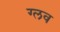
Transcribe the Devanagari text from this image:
ग्लव